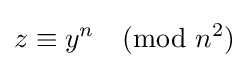
z\equiv y^{n}{\pmod {n^{2}}}